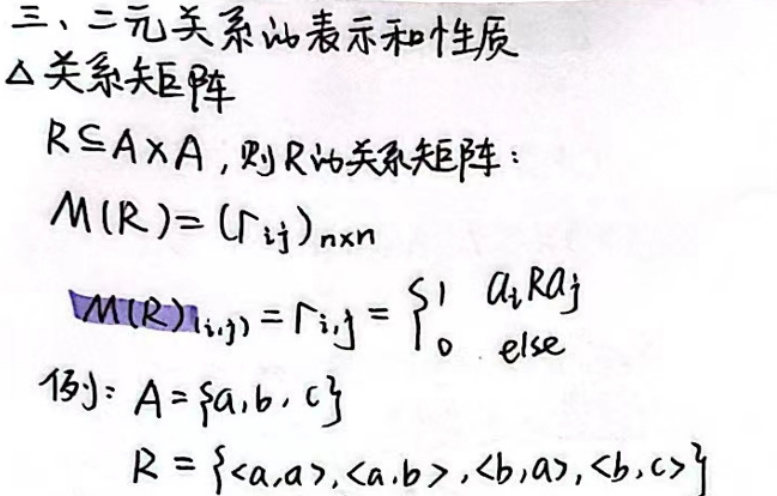
\(\section{三、二元关系的表示和性质}\)

\(\triangle\)关系矩阵

\(R = A\times A\)，则\(R\)的关系矩阵：

\(M(R)=(r_{ij})_{n\times n}\)

\(M(R)_{i,j}=r_{ij}=\left\{\begin{matrix}1, a_iRa_j\\ 0, else\end{matrix}\right.\)

\([3]:A=\{a,b,c\}\)

\(R=\{\langle a,a\rangle,\langle a,b\rangle,\langle b,a\rangle,\langle b,c\rangle\}\)